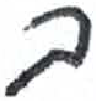
אות: ב